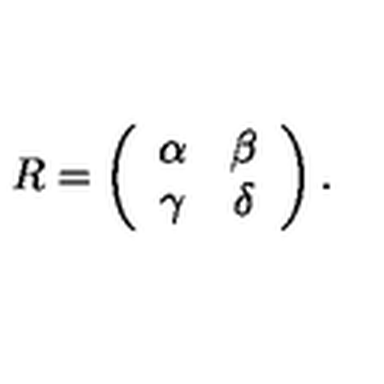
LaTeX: R = \left( \begin{array} { c c } { \alpha } & { \beta } \\ { \gamma } & { \delta } \\ \end{array} \right) .